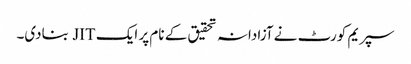
سپریم کورٹ نے آزادانہ تحقیق کے نام پر ایک JIT بنادی۔